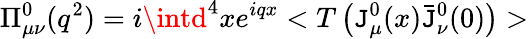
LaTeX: \Pi_{\mu\nu}^{0}(q^{2})=i\intd^{4}xe^{iqx}<T\left(\mathtt{J}_{\mu}^{0}(x)\bar{{\mathtt{J}}}_{\nu}^{0}(0)\right)>